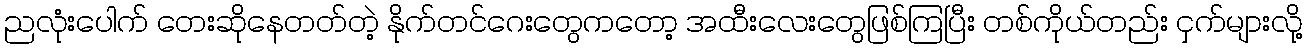
ညလုံးပေါက် တေးဆိုနေတတ်တဲ့ နိုက်တင်ဂေးတွေကတော့ အထီးလေးတွေဖြစ်ကြပြီး တစ်ကိုယ်တည်း ငှက်များလို့